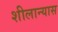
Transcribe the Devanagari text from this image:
शीलान्यास